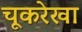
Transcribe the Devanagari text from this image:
चूकरेखा